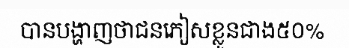
បានបង្ហាញថាជនភៀសខ្លួនជាង៥០%